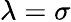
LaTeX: \lambda=\sigma